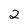
Character: 2